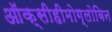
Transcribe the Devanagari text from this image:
ऑक्सीहीमोग्लोबिन